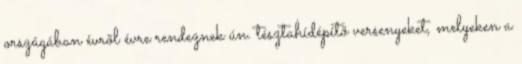
országában évrõl évre rendeznek ún. tésztahídépítõ versenyeket, melyeken a